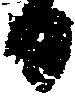
日